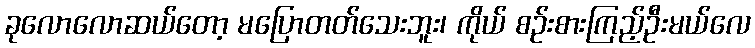
ခုလောလောဆယ်တော့ မပြောတတ်သေးဘူး၊ ကိုယ် စဉ်းစားကြည့်ဦးမယ်လေ